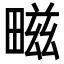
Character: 㽧